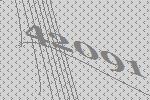
42091